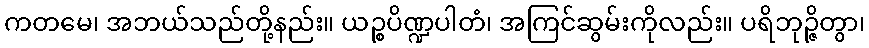
ကတမေ၊ အဘယ်သည်တို့နည်း။ ယဉ္စပိဏ္ဍပါတံ၊ အကြင်ဆွမ်းကိုလည်း။ ပရိဘုဉ္ဇိတွာ၊